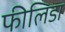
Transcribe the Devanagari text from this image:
फीलिडा